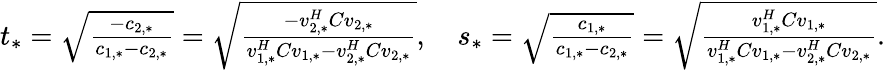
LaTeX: \begin{array}{r}{t_{*}=\sqrt{\frac{-c_{2,*}}{c_{1,*}-c_{2,*}}}=\sqrt{\frac{-v_{2,*}^{H}Cv_{2,*}}{v_{1,*}^{H}Cv_{1,*}-v_{2,*}^{H}Cv_{2,*}}},\quad s_{*}=\sqrt{\frac{c_{1,*}}{c_{1,*}-c_{2,*}}}=\sqrt{\frac{v_{1,*}^{H}Cv_{1,*}}{v_{1,*}^{H}Cv_{1,*}-v_{2,*}^{H}Cv_{2,*}}}.}\end{array}